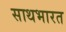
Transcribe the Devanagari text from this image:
साथभारत